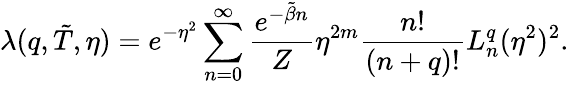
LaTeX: \lambda(q,\tilde{T},\eta)=e^{-\eta^{2}}\sum_{n=0}^{\infty}\frac{e^{-\tilde{\beta}n}}{Z}\eta^{2m}\frac{n!}{(n+q)!}L_{n}^{q}(\eta^{2})^{2}.